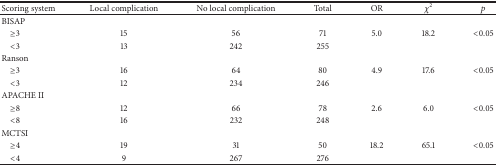
| Scoring system | Local complication | No local complication | Total | OR | χ2 | p |
 | --- | --- | --- | --- | --- | --- | --- |
 | BISAP |  |  |  |  |  |  |
 | ≥3 | 15 | 56 | 71 | 5.0 | 18.2 | <0.05 |
 | <3 | 13 | 242 | 255 |  |  |  |
 | Ranson |  |  |  |  |  |  |
 | ≥3 | 16 | 64 | 80 | 4.9 | 17.6 | <0.05 |
 | <3 | 12 | 234 | 246 |  |  |  |
 | APACHE II |  |  |  |  |  |  |
 | ≥8 | 12 | 66 | 78 | 2.6 | 6.0 | <0.05 |
 | <8 | 16 | 232 | 248 |  |  |  |
 | MCTSI |  |  |  |  |  |  |
 | ≥4 | 19 | 31 | 50 | 18.2 | 65.1 | <0.05 |
 | <4 | 9 | 267 | 276 |  |  |  |